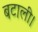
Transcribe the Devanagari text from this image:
बटाली।